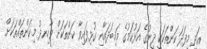
އަދި މިފަދަ ކަންތަކަކީ ދީނުގެ އަޅުކަމުގެ މައިބަދައާއި ގުޅިފައިވާ ކަންތަކަށް ވާހިނދު މިކަންތައްތަކަށް